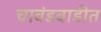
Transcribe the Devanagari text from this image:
चावंडवाडीत